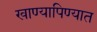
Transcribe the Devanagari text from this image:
खाण्यापिण्यात